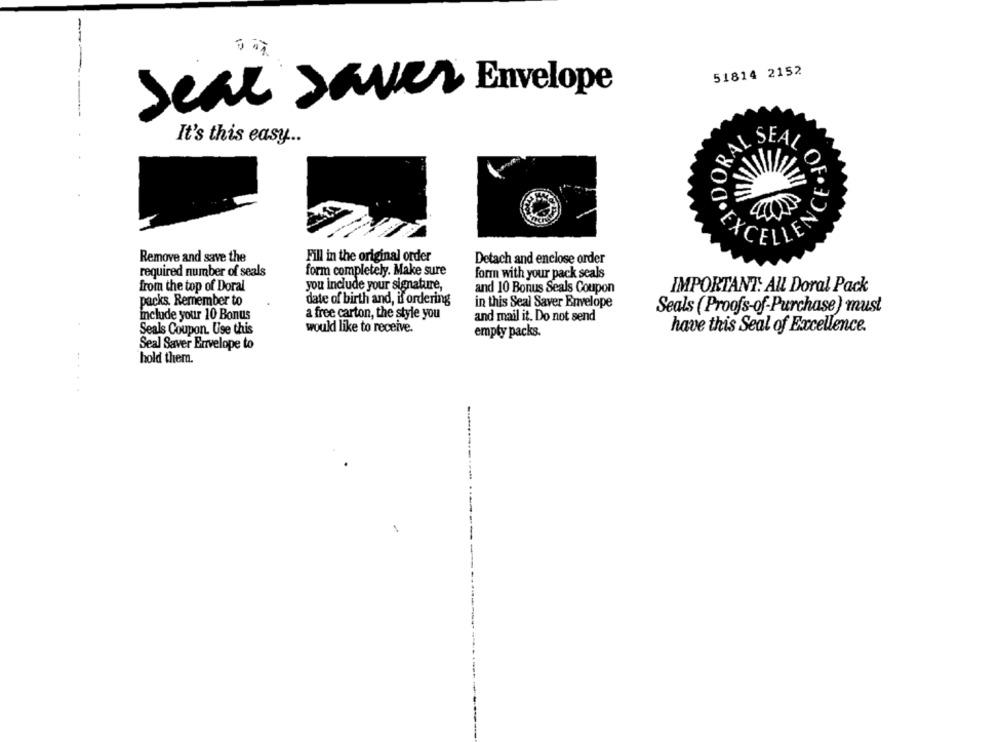
---
51814 2152
Seat Saver Envelope
It's this easy ..
RAL SEAL
Remove and save the
Fill in the original order
Detach and enclose order
required number of seals
form completely. Make sure
form with your pack seals
from the top of Doral
you include your signature,
and 10 Bonus Seals Coupon
IMPORTANT: All Doral Pack
packs. Remember to
date of birth and, if ordering
in this Seal Saver Envelope
Seals (Proofs-of-Purchase) must
include your 10 Bonus
a free carton, the style you
and mail it. Do not send
Seals Coupon. Use this
would like to receive.
empty packs.
have this Seal of Excellence.
Seal Saver Envelope to
hold them.